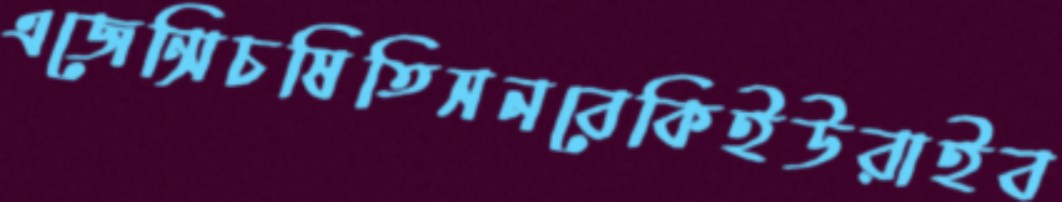
এজেন্সিচষিতিসনবেকিইউরাইব